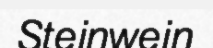
Steinwein